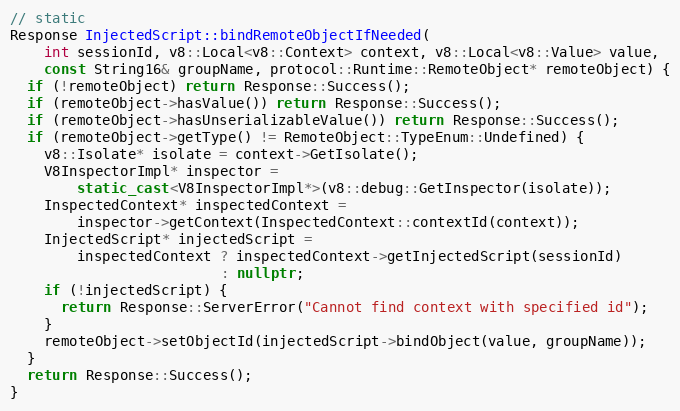
Language: C++
// static
Response InjectedScript::bindRemoteObjectIfNeeded(
    int sessionId, v8::Local<v8::Context> context, v8::Local<v8::Value> value,
    const String16& groupName, protocol::Runtime::RemoteObject* remoteObject) {
  if (!remoteObject) return Response::Success();
  if (remoteObject->hasValue()) return Response::Success();
  if (remoteObject->hasUnserializableValue()) return Response::Success();
  if (remoteObject->getType() != RemoteObject::TypeEnum::Undefined) {
    v8::Isolate* isolate = context->GetIsolate();
    V8InspectorImpl* inspector =
        static_cast<V8InspectorImpl*>(v8::debug::GetInspector(isolate));
    InspectedContext* inspectedContext =
        inspector->getContext(InspectedContext::contextId(context));
    InjectedScript* injectedScript =
        inspectedContext ? inspectedContext->getInjectedScript(sessionId)
                         : nullptr;
    if (!injectedScript) {
      return Response::ServerError("Cannot find context with specified id");
    }
    remoteObject->setObjectId(injectedScript->bindObject(value, groupName));
  }
  return Response::Success();
}